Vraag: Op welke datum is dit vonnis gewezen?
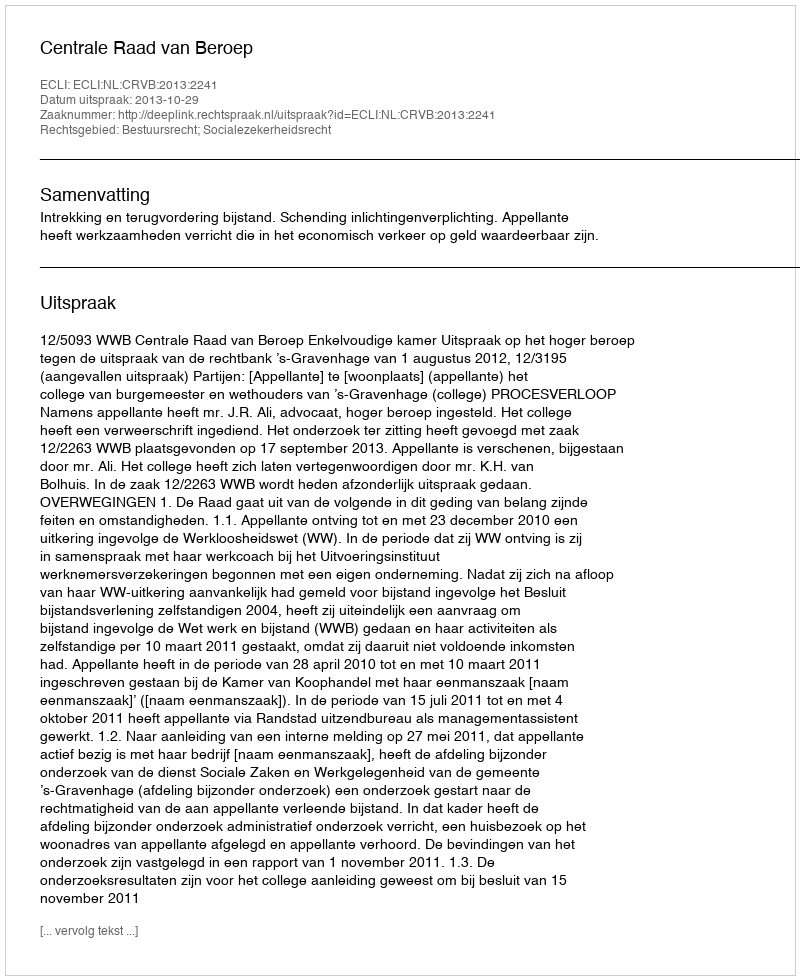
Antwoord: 2013-10-29